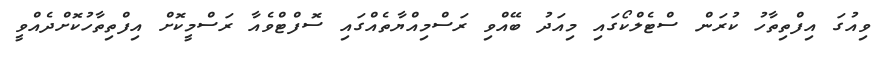
ވިއުގަ އިފްތިތާހު ކުރަން ސްޓެލްކޯގައި މިއަދު ބޭއްވި ރަސްމިއްޔާތެއްގައި ސޮފްޓްވެއާ ރަސްމީކޮށް އިފްތިތާހުކޮށްދެއްވީ